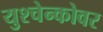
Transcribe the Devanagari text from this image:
युश्चेन्कोवर